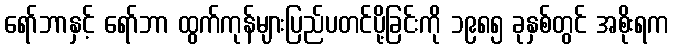
ရော်ဘာနှင့် ရော်ဘာ ထွက်ကုန်များပြည်ပတင်ပို့ခြင်းကို ၁၉၈၅ ခုနှစ်တွင် အစိုးရက